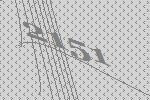
2151